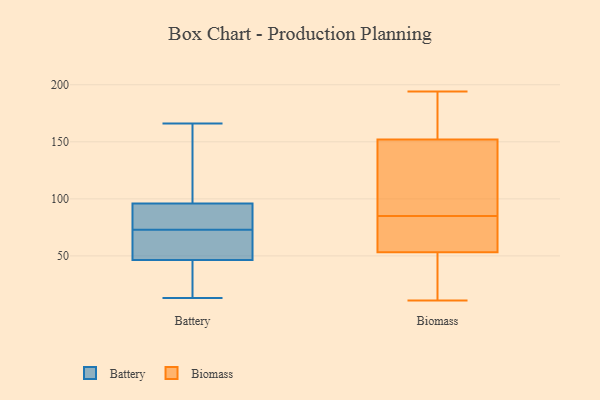
{"axis": {"x": "Website Visitors", "y": "Value"}, "legend": ["Battery", "Biomass"], "data": [{"x": "", "y": 52, "type": "Battery"}, {"x": "", "y": 73, "type": "Battery"}, {"x": "", "y": 166, "type": "Battery"}, {"x": "", "y": 45, "type": "Battery"}, {"x": "", "y": 90, "type": "Battery"}, {"x": "", "y": 93, "type": "Battery"}, {"x": "", "y": 105, "type": "Battery"}, {"x": "", "y": 47, "type": "Battery"}, {"x": "", "y": 13, "type": "Battery"}, {"x": "", "y": 43, "type": "Battery"}, {"x": "", "y": 112, "type": "Battery"}, {"x": "", "y": 79, "type": "Battery"}, {"x": "", "y": 73, "type": "Battery"}, {"x": "", "y": 11, "type": "Biomass"}, {"x": "", "y": 109, "type": "Biomass"}, {"x": "", "y": 187, "type": "Biomass"}, {"x": "", "y": 57, "type": "Biomass"}, {"x": "", "y": 137, "type": "Biomass"}, {"x": "", "y": 157, "type": "Biomass"}, {"x": "", "y": 85, "type": "Biomass"}, {"x": "", "y": 37, "type": "Biomass"}, {"x": "", "y": 194, "type": "Biomass"}, {"x": "", "y": 52, "type": "Biomass"}, {"x": "", "y": 67, "type": "Biomass"}]}